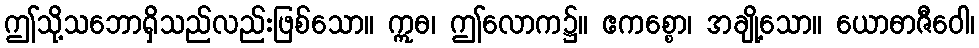
ဤသို့သဘောရှိသည်လည်းဖြစ်သော။ ဣဓ၊ ဤလောက၌။ ဧကစ္စော၊ အချို့သော။ ယောဓာဇီဝေါ၊